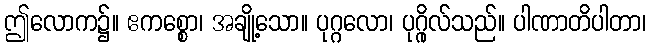
ဤလောက၌။ ဧကစ္စော၊ အချို့သော။ ပုဂ္ဂလော၊ ပုဂ္ဂိုလ်သည်။ ပါဏာတိပါတာ၊